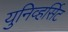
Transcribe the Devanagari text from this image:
युनिव्हर्सिट